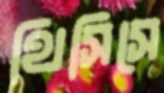
থিসিসে